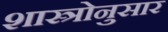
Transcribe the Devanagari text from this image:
शास्त्रोनुसार